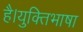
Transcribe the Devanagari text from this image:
है।युक्तिभाषा